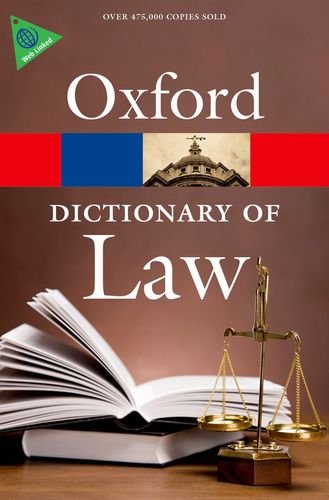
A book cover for A Dictionary of Law (Oxford Quick Reference); Elizabeth Martin; Law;